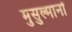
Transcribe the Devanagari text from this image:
मुसुल्मानों